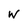
Character: W